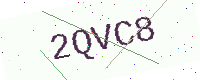
Text: 2QVC8